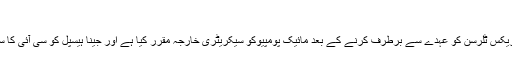
'
سیکریٹری خارجہ ریکس ٹلرسن کو عہدے سے برطرف کرنے کے بعد مائیک پومپیوکو سیکریٹری خارجہ مقرر کیا ہے اور جینا ہیسپل کو سی آئی کا سربراہ نامزد کیا ہے۔